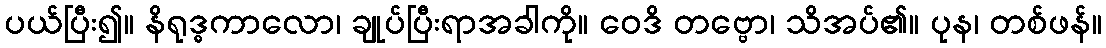
ပယ်ပြီး၍။ နိရုဒ္ဓကာလော၊ ချုပ်ပြီးရာအခါကို။ ဝေဒိ တဗ္ဗော၊ သိအပ်၏။ ပုန၊ တစ်ဖန်။